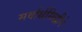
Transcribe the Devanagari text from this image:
सर्वार्थसिद्धीने